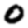
Digit: 0